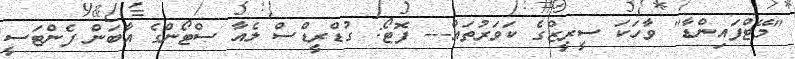
"މޭޓްފައިންޑާ" ވާހަކަ ސީރީޒްގެ ކަވަރުތައް--- ފޮޓޯ: ގުޑްރީޑްސް ލެއާ ސްޓޯންގެ އާބަން ފެންޓަސީ